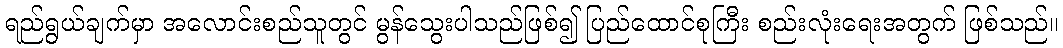
ရည်ရွယ်ချက်မှာ အလောင်းစည်သူတွင် မွန်သွေးပါသည်ဖြစ်၍ ပြည်ထောင်စုကြီး စည်းလုံးရေးအတွက် ဖြစ်သည်။